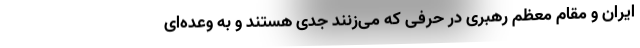
ایران و مقام معظم رهبری در حرفی که می‌زنند جدی هستند و به وعده‌ای